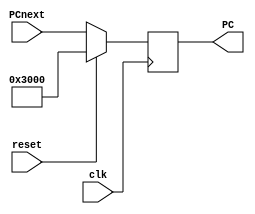
`timescale 1ns / 1ps
//////////////////////////////////////////////////////////////////////////////////
// Company: 
// Engineer: 
// 
// Design Name: 
// Module Name:    PC 
// Project Name: 
// Target Devices: 
// Tool versions: 
// Description: 
//
// Dependencies: 
//
// Revision: 
// Revision 0.01 - File Created
// Additional Comments: 
//
//////////////////////////////////////////////////////////////////////////////////
module PC(
    input [31:0] PCnext,
    input clk,
    input reset,
    output reg [31:0] PC
    );
	 
	 always @(posedge clk) begin
	     if (reset) begin
		      PC <= 32'h00003000;
		  end else begin
		      PC <= PCnext;
		  end
	 end


endmodule